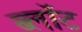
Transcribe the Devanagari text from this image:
ब्‍लॉट